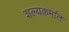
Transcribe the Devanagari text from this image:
शल्यकर्मात